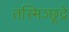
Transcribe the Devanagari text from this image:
तस्मिञ्छूद्रे